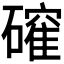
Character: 𮁎